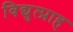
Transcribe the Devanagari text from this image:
विद्युत्प्राह